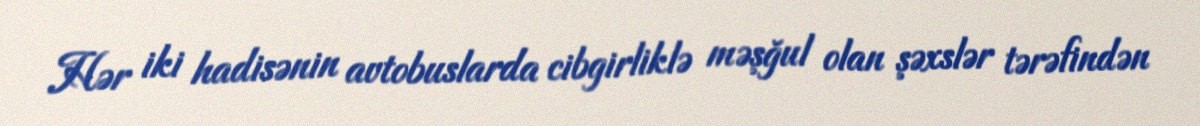
Hər iki hadisənin avtobuslarda cibgirliklə məşğul olan şəxslər tərəfindən